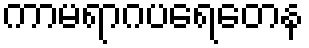
ကာမရာဂပရေတေန